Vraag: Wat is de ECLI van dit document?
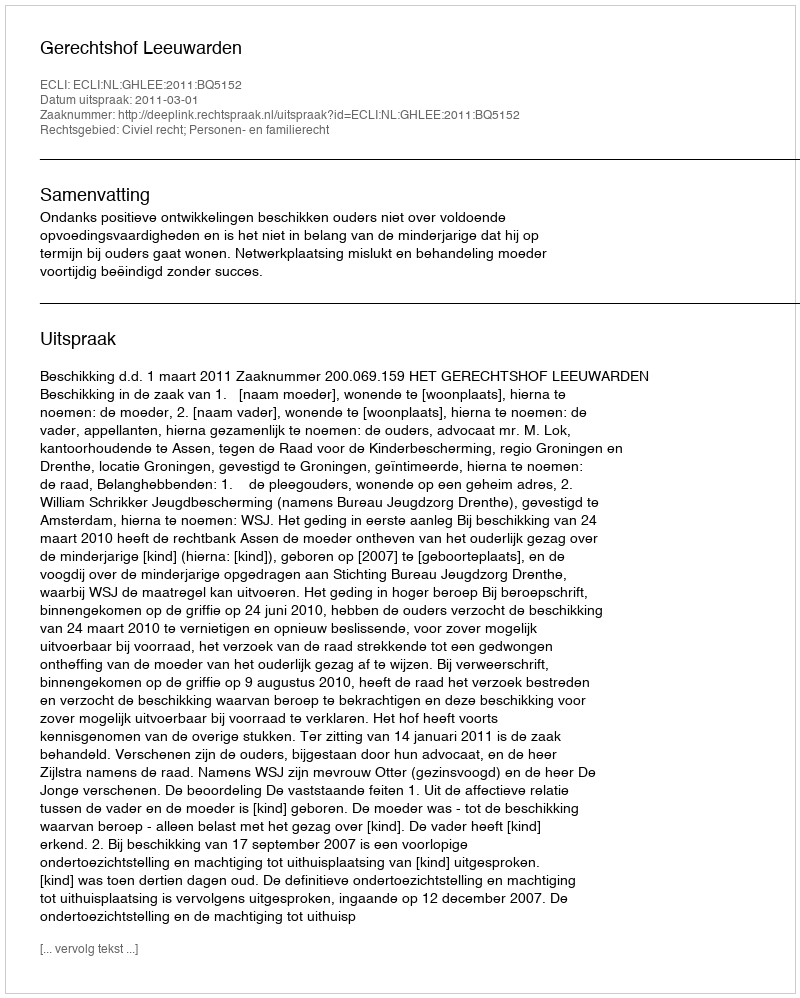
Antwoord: ECLI:NL:GHLEE:2011:BQ5152